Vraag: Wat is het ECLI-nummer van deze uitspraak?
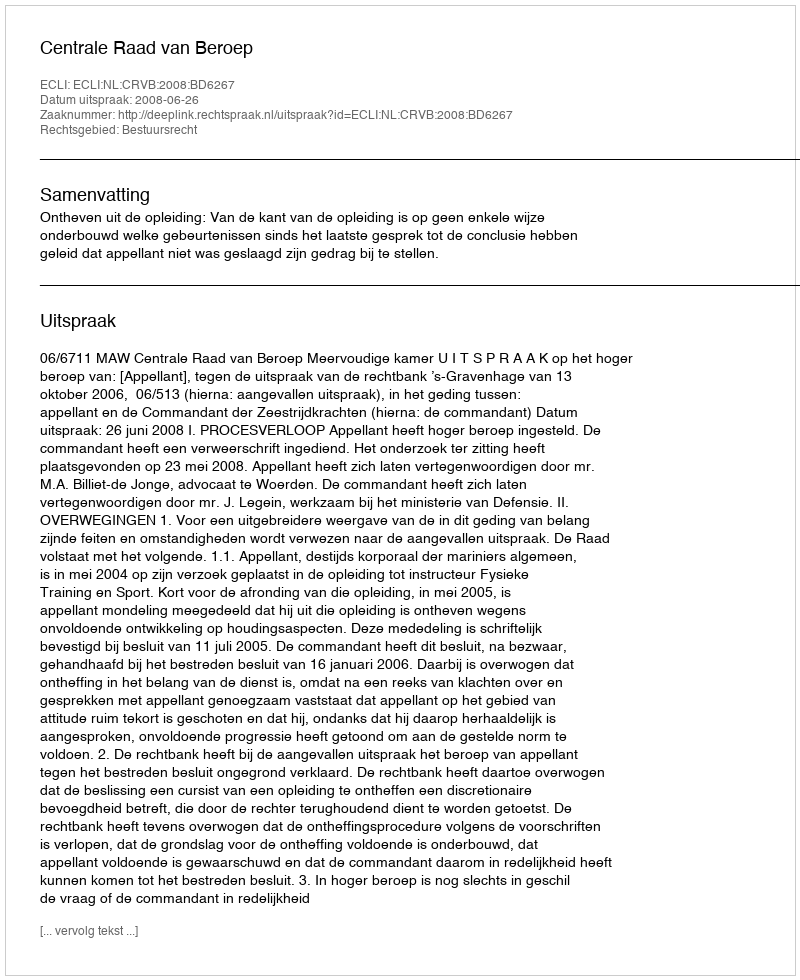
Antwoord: ECLI:NL:CRVB:2008:BD6267